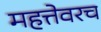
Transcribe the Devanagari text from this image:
महत्तेवरच